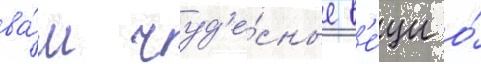
ва́м чуд'е́сные в'е́щи о́